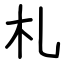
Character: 札